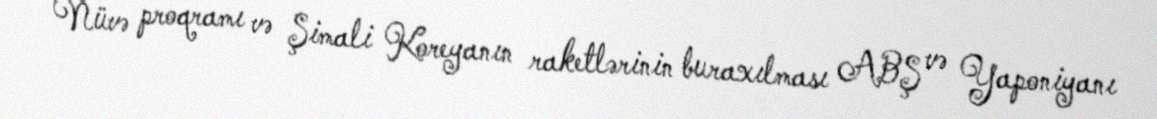
Nüvə proqramı və Şimali Koreyanın raketlərinin buraxılması ABŞ və Yaponiyanı